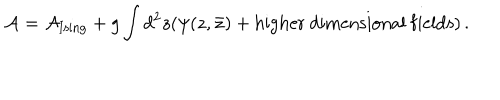
{ \cal A } = { \cal A } _ { \mathrm { I s i n g } } + g \int d ^ { 2 } z ( \psi ( z , \bar { z } ) + \mathrm { h i g h e r \ d i m e n s i o n a l \ f i e l d s } ) \, .